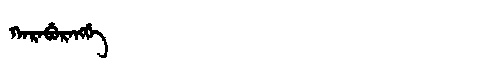
Manchu: ᡴᠠᡵᠠᠪᡠᡵᠠᠩᡤᡝ
Romanization: KARABURANGGE